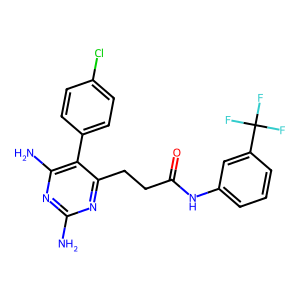
SMILES: Nc1nc(N)c(-c2ccc(Cl)cc2)c(CCC(=O)Nc2cccc(C(F)(F)F)c2)n1
Inhibits HIV replication: No